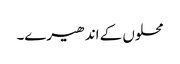
محلوں کے اندھیرے۔